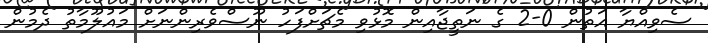
ސެވިއްޔާ އަތުން 0-2 ގެ ނަތީޖާއިން މޮޅުވި މެޗަށްފަހު ނޫސްވެރިންނަށް މައުލޫމާތު ދެމުން